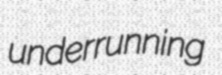
underrunning